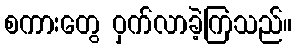
စကားတွေ ဝှက်လာခဲ့ကြသည်။